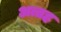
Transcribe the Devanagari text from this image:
अत्तह